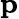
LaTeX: \textbf{p}